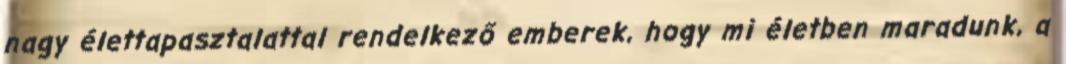
nagy élettapasztalattal rendelkező emberek, hogy mi életben maradunk, a